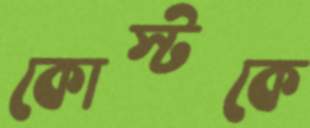
কোস্টকে